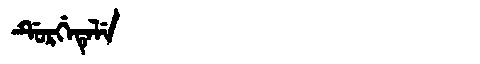
Manchu: ᡩᡠᡵᡤᡝᡨᡝᠯᡝ
Romanization: DURGETELE